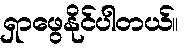
ရှာဖွေနိုင်ပါတယ်။